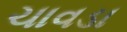
ચાવડા